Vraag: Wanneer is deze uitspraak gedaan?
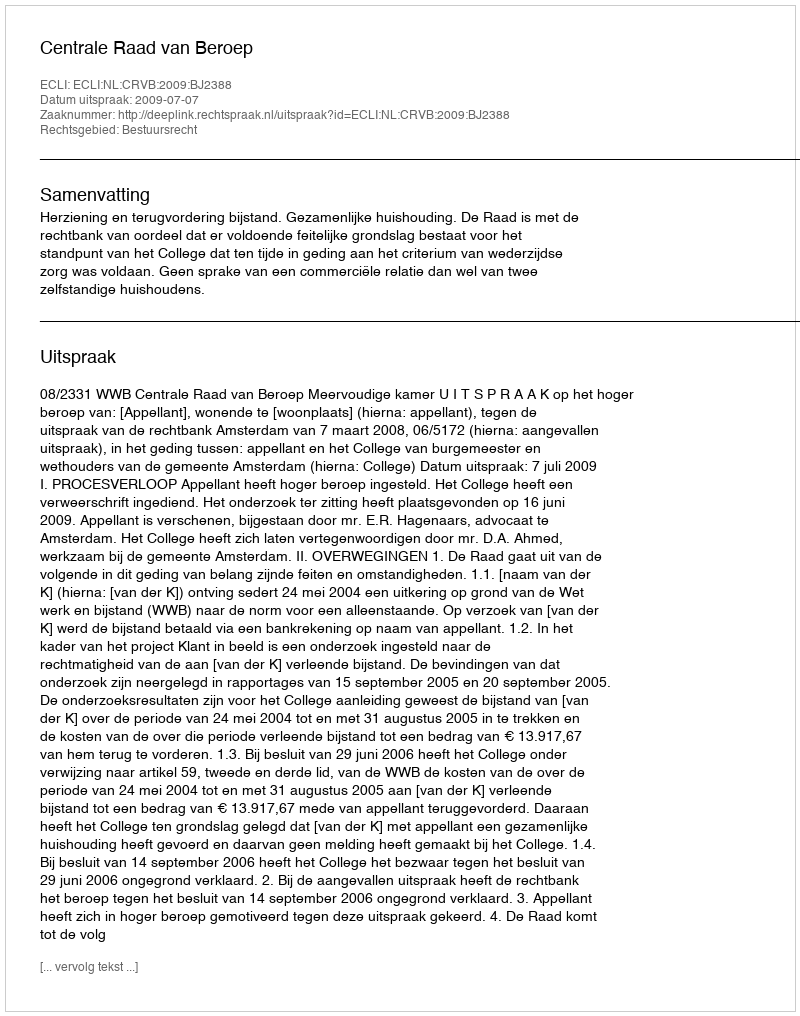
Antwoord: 2009-07-07